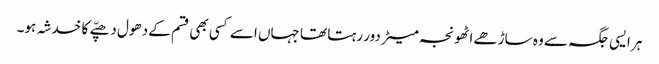
ہر ایسی جگہ سے وہ ساڑھے اٹھونجہ میٹر دور رہتا تھا جہاں اسے کسی بھی قسم کے دھول دھپّے کا خدشہ ہو۔